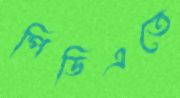
পিডিএতে